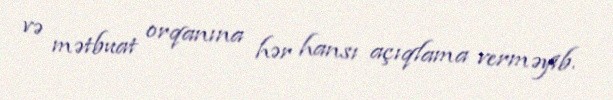
və mətbuat orqanına hər hansı açıqlama verməyib.